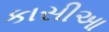
કાસીઆ